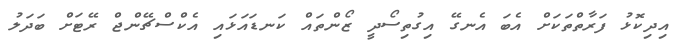
އިދިކޮޅު ފަރާތްތަކަށް އެބަ އެނގޭ އިގުތިސޯދީ ޒޯންތައް ކަނޑައަޅައި އެކްސްޗޭންޖް ރޭޓަށް ބަދަލު